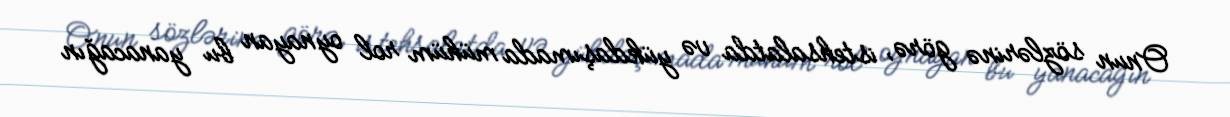
Onun sözlərinə görə, istehsalatda və yükdaşımada mühüm rol oynayan bu yanacağın